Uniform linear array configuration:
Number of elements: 32
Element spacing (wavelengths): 0.75
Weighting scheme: hamming
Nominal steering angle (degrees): -30
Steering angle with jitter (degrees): -30.682
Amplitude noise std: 0.05
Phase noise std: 0.05

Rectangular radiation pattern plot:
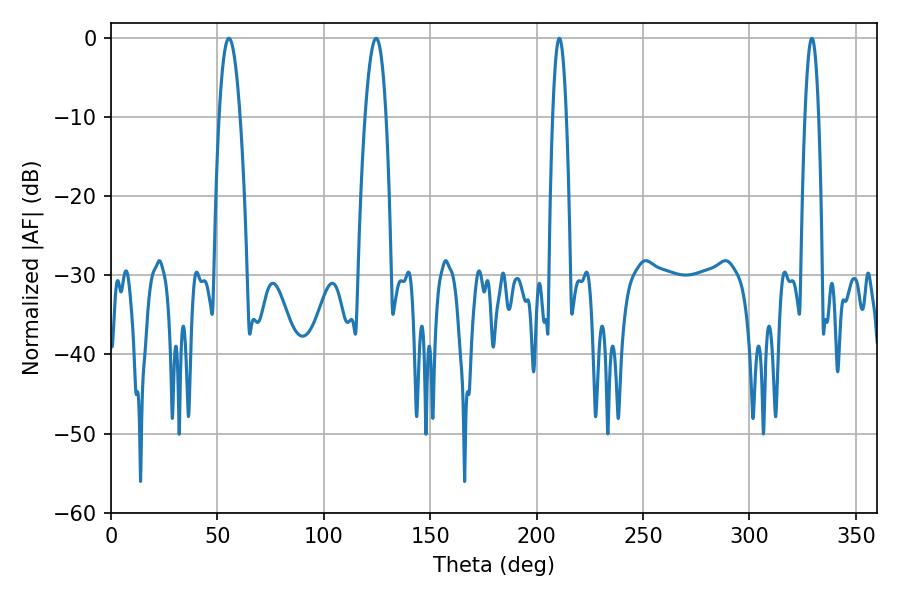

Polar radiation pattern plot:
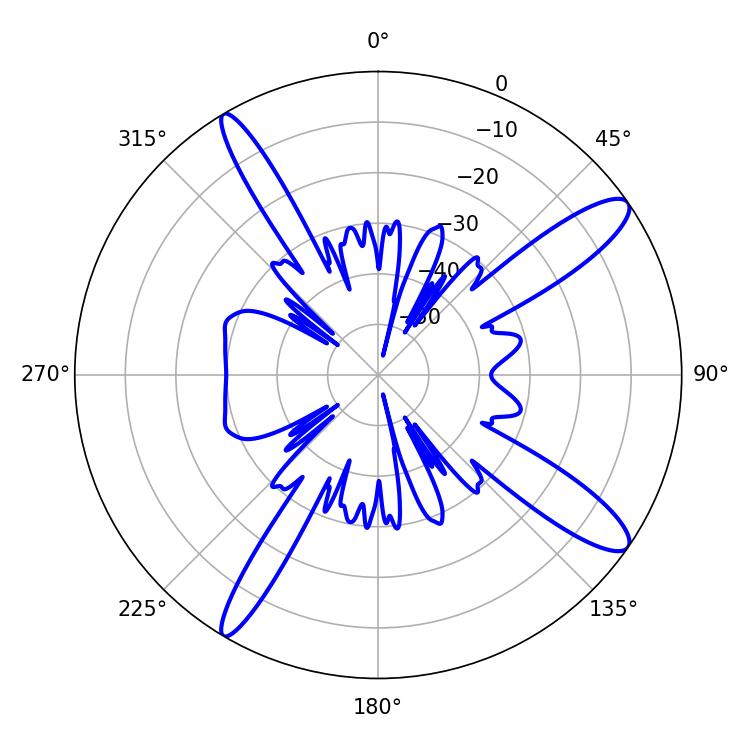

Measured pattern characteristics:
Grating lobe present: TRUE
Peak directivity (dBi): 13.029
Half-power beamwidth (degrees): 5.4
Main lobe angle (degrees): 124.56